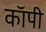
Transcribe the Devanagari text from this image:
काॅपी